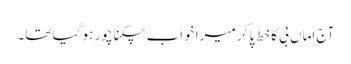
آج اماں بی کا خط پا کر میرا خواب چکنا چور ہو گیا تھا۔